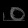
Digit: ၀